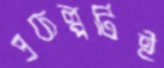
প্রকল্পটিই